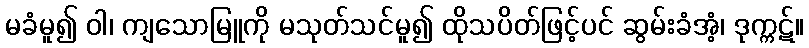
မခံမူ၍ ဝါ၊ ကျသောမြူကို မသုတ်သင်မူ၍ ထိုသပိတ်ဖြင့်ပင် ဆွမ်းခံအံ့၊ ဒုက္ကဋ်။